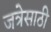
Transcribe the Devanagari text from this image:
जत्रेसाठी